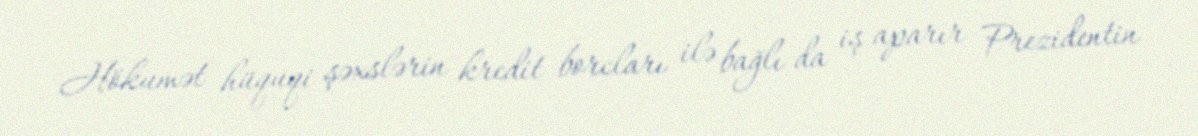
Hökumət hüquqi şəxslərin kredit borcları ilə bağlı da iş aparır Prezidentin